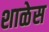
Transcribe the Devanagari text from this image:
शाळेस